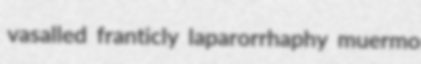
vasalled franticly laparorrhaphy muermo